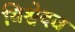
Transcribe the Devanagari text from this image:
विश्वेदव